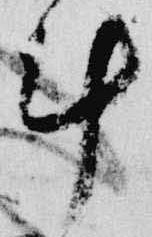
計